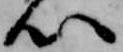
心